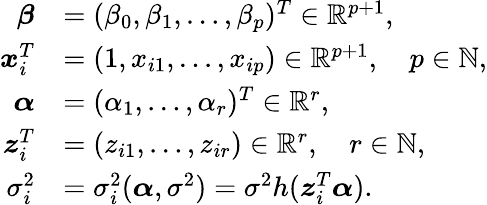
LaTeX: \begin{array}{rl}{\boldsymbol{\beta}}&{=(\beta_{0},\beta_{1},\ldots,\beta_{p})^{T}\in\mathbb{R}^{p+1},}\\ {\boldsymbol{x}_{i}^{T}}&{=(1,x_{i1},\ldots,x_{ip})\in\mathbb{R}^{p+1},\quad p\in\mathbb{N},}\\ {\boldsymbol{\alpha}}&{=(\alpha_{1},\ldots,\alpha_{r})^{T}\in\mathbb{R}^{r},}\\ {\boldsymbol{z}_{i}^{T}}&{=(z_{i1},\ldots,z_{ir})\in\mathbb{R}^{r},\quad r\in\mathbb{N},}\\ {\sigma_{i}^{2}}&{=\sigma_{i}^{2}(\boldsymbol{\alpha},\sigma^{2})=\sigma^{2}h(\boldsymbol{z}_{i}^{T}\boldsymbol{\alpha}).}\end{array}